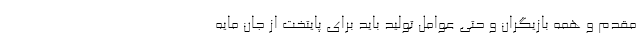
مقدم و همه بازیگران و حتی عوامل تولید باید برای پایتخت از جان مایه